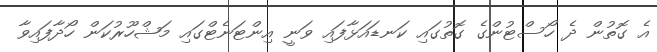
އެ ގޮތުން ދެ ހޯސްޓުންގެ ގޮތުގައި ކަނޑައަޅާފައި ވަނީ އިންޓަނެޓްގައި މަޝްހޫރުކަން ހޯދާފައިވާ